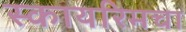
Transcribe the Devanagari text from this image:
स्कायरिमचा